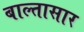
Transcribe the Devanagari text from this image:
बाल्तासार